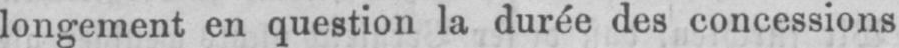
longement en question la durée des concessions